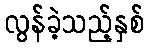
လွန်ခဲ့သည့်နှစ်